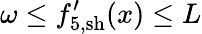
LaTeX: \omega\leq{f}_{5,\mathrm{sh}}^{\prime}(x)\leq L